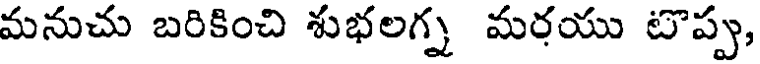
మనుచు బరికించి శుభలగ్న మరయు టొప్పు,